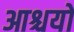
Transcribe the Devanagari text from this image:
आश्चयों